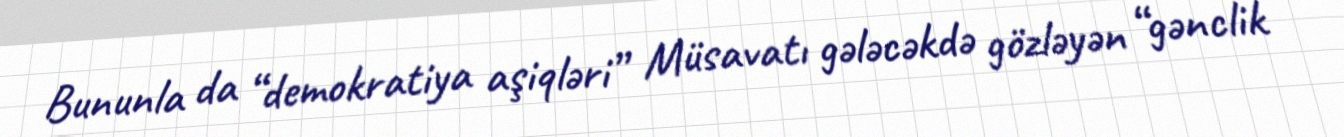
Bununla da “demokratiya aşiqləri” Müsavatı gələcəkdə gözləyən “gənclik